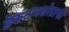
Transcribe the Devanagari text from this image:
डेकटायलोग्राफी